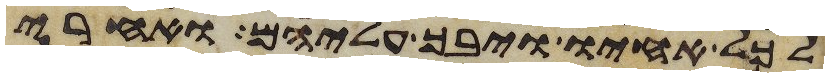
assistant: לכל אחיו ויבך עליהם ואחרי